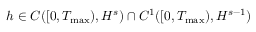
h \in C ( [ 0 , T _ { \operatorname* { m a x } } ) , H ^ { s } ) \cap C ^ { 1 } ( [ 0 , T _ { \operatorname* { m a x } } ) , H ^ { s - 1 } )